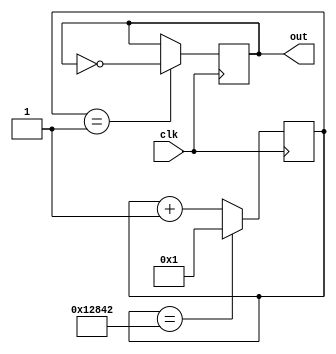
module Low_E (clk, out);
	input clk;
	output out;
	
reg[16:0] clkDivider = 75842;
reg[16:0] counter;

always @(posedge clk)
	if(counter == clkDivider)
		counter <= 1;
	else counter <= counter + 1;
	
reg out;
always @(posedge clk)
	if(counter == 1)
		out <= ~out;

endmodule